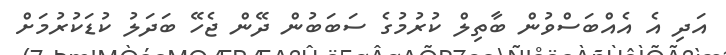
އަދި އެ އެއްބަސްވުން ބާތިލް ކުރުމުގެ ސަބަބުން ދޭން ޖެހޭ ބަދަލު ކުޑަކުރުމަށް